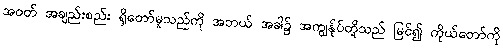
အဝတ် အချည်းစည်း ရှိတော်မူသည်ကို အဘယ် အခါ၌ အကျွန်ုပ်တို့သည် မြင်၍ ကိုယ်တော်ကို